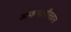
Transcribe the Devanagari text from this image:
अफगाणीस्तान